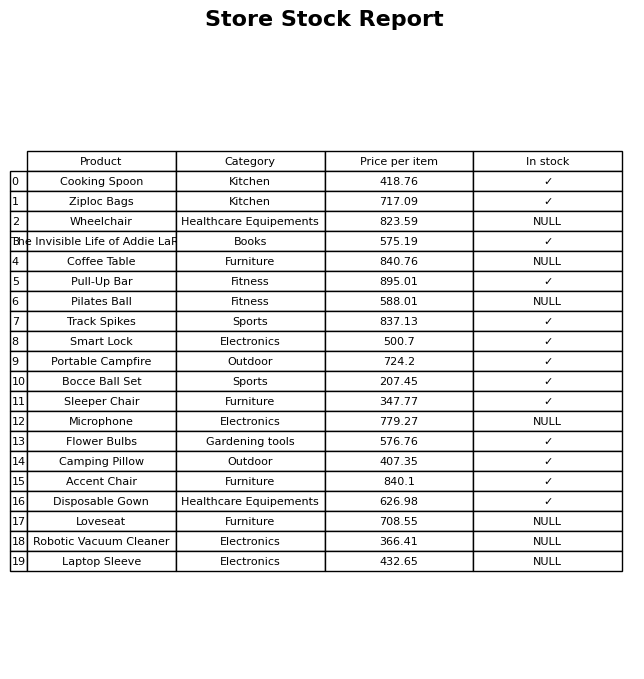
question: What is the stock status of the Coffee Table?
answer: NULL